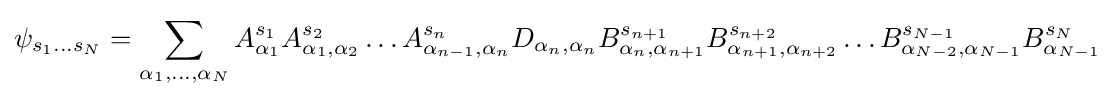
\psi _{s_{1}...s_{N}}=\sum _{\alpha _{1},\ldots ,\alpha _{N}}A_{\alpha _{1}}^{s_{1}}A_{\alpha _{1},\alpha _{2}}^{s_{2}}\ldots A_{\alpha _{n-1},\alpha _{n}}^{s_{n}}D_{\alpha _{n},\alpha _{n}}B_{\alpha _{n},\alpha _{n+1}}^{s_{n+1}}B_{\alpha _{n+1},\alpha _{n+2}}^{s_{n+2}}\ldots B_{\alpha _{N-2},\alpha _{N-1}}^{s_{N-1}}B_{\alpha _{N-1}}^{s_{N}}